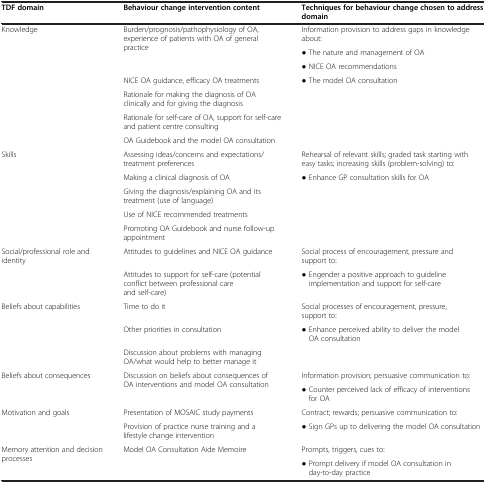
| TDF domain | Behaviour change intervention content | Techniques for behaviour change chosen to address domain |
 | --- | --- | --- |
 | <ROWSPAN=7> Knowledge | <ROWSPAN=3> Burden/prognosis/pathophysiology of OA, experience of patients with OA of general practice | Information provision to address gaps in knowledge about: |
 | ● The nature and management of OA |
 | ● NICE OA recommendations |
 | NICE OA guidance, efficacy OA treatments | <ROWSPAN=4> ● The model OA consultation |
 | Rationale for making the diagnosis of OA clinically and for giving the diagnosis |
 | Rationale for self-care of OA, support for self-care and patient centre consulting |
 | OA Guidebook and the model OA consultation |
 | <ROWSPAN=5> Skills | Assessing ideas/concerns and expectations/treatment preferences | Rehearsal of relevant skills; graded task starting with easy tasks; increasing skills (problem-solving) to: |
 | Making a clinical diagnosis of OA | <ROWSPAN=4> ● Enhance GP consultation skills for OA |
 | Giving the diagnosis/explaining OA and its treatment (use of language) |
 | Use of NICE recommended treatments |
 | Promoting OA Guidebook and nurse follow-up appointment |
 | <ROWSPAN=2> Social/professional role and identity | Attitudes to guidelines and NICE OA guidance | Social process of encouragement, pressure and support to: |
 | Attitudes to support for self-care (potential conflict between professional care and self-care) | ● Engender a positive approach to guideline implementation and support for self-care |
 | <ROWSPAN=3> Beliefs about capabilities | Time to do it | Social processes of encouragement, pressure, support to: |
 | Other priorities in consultation | ● Enhance perceived ability to deliver the model OA consultation |
 | Discussion about problems with managing OA/what would help to better manage it |  |
 | <ROWSPAN=2> Beliefs about consequences | <ROWSPAN=2> Discussion on beliefs about consequences of OA interventions and model OA consultation | Information provision; persuasive communication to: |
 | ● Counter perceived lack of efficacy of interventions for OA |
 | <ROWSPAN=2> Motivation and goals | Presentation of MOSAIC study payments | Contract; rewards; persuasive communication to: |
 | Provision of practice nurse training and a lifestyle change intervention | ● Sign GPs up to delivering the model OA consultation |
 | Memory attention and decision processes | Model OA Consultation Aide Memoire | Prompts, triggers, cues to: |
 |  |  | ● Prompt delivery if model OA consultation in day-to-day practice |